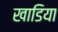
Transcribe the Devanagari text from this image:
खाडिया